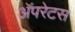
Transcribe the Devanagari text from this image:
अॅपरेटस